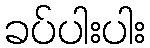
ခပ်ပါးပါး